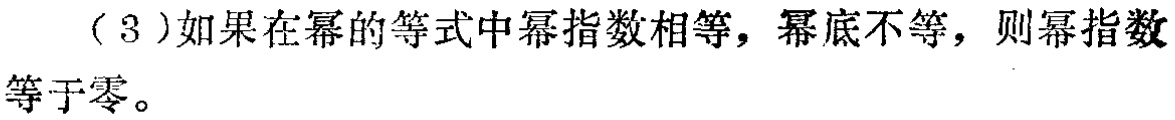
（3）如果在幂的等式中幂指数相等，幂底不等，则幂指数等于零。